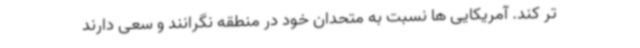
تر کند. آمریکایی ها نسبت به متحدان خود در منطقه نگرانند و سعی دارند